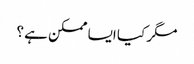
مگر کیا ایسا ممکن ہے ؟